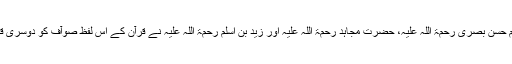
حضرت ابو موسیٰ اشعری رحمۃ اللہ علیہ، امام حسن بصری رحمۃ اللہ علیہ، حضرت مجاہد رحمۃ اللہ علیہ اور زید بن اسلم رحمۃ اللہ علیہ نے قرآن کے اس لفظ صَوَآفَّ کو دوسری قرات میں صَوَافِيَ پڑھا جو صَافِيَہ کی جمع ہے۔